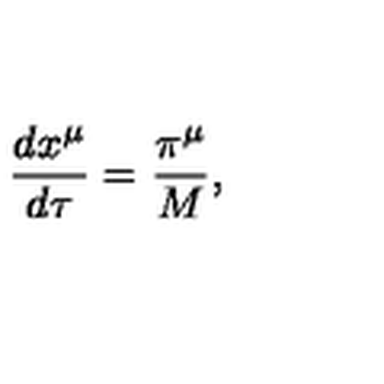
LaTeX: \frac { d x ^ { \mu } } { d \tau } = \frac { \pi ^ { \mu } } { M } ,